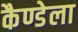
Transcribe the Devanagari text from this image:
कैण्डेला